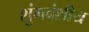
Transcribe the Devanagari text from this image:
शुंगवंशीय